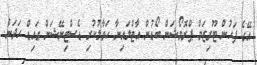
އޭގެ ފަހުން ޓޫރިޒަމް ޕްރޮމޯޝަން ބޯޑުން އާޓްލައިނާ ހަވާލުކުރި ޑެސްޓިނޭޝަން ގައިޑް ހަދަން.